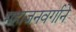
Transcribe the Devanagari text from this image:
महाजनवर्गाने